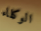
الوكلاء